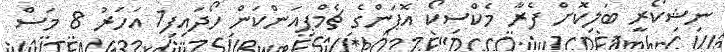
ނިޝިކޯރީ ބަލިކޮށް ފެރާ މެކްސިކޯ އޮޕަންގެ ޗެމްޕިއަންކަން ހޯދައިފި1 އަހަރު 8 މަސް